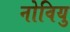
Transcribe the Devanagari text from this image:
नोवियु